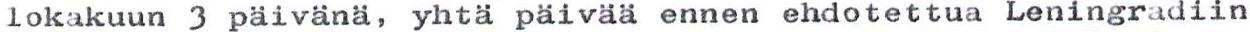
lokakuun 3 päivänä, yhtä päivää ennen ehdotettua Leningradiin